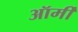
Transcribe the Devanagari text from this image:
ऑर्मी